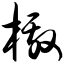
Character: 檄